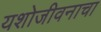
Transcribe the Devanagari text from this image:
यशोजीवनाचा